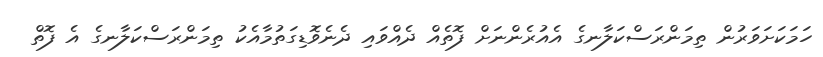
ހަމަކަށަވަރުން ތިމަންރަސްކަލާނގެ އެއުރެންނަށް ފޮތެއް ދެއްވައި ދެނެވޮޑިގަތުމާއެކު ތިމަންރަސްކަލާނގެ އެ ފޮތް